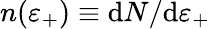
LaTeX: n(\varepsilon_{+})\equiv\mathrm{d}N/\mathrm{d}\varepsilon_{+}